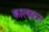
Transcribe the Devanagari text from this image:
कालतत्व